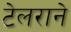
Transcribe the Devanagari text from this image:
टेलराने